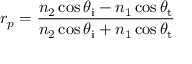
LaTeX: r _ { p } = { \frac { n _ { 2 } \cos \theta _ { \mathrm { i } } - n _ { 1 } \cos \theta _ { \mathrm { t } } } { n _ { 2 } \cos \theta _ { \mathrm { i } } + n _ { 1 } \cos \theta _ { \mathrm { t } } } }